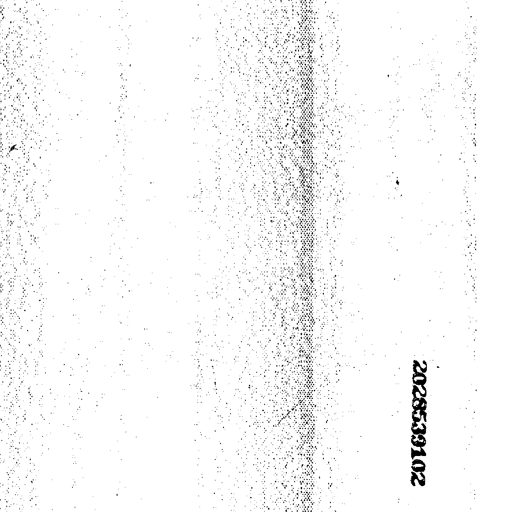
2028533102